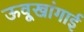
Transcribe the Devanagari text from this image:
ऊवूखांगाई